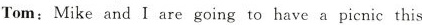
Tom:Mike and I are going to have a picnic this